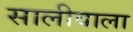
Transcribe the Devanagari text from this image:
सालीवाला